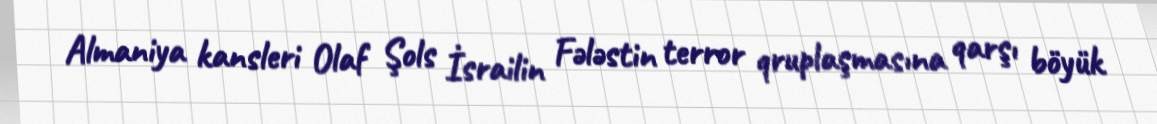
Almaniya kansleri Olaf Şols İsrailin Fələstin terror qruplaşmasına qarşı böyük